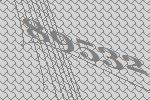
89532